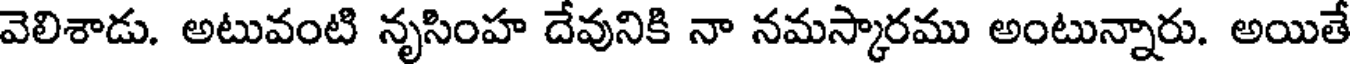
వెలిశాడు. అటువంటి నృసింహ దేవునికి నా నమస్కారము అంటున్నారు. అయితే